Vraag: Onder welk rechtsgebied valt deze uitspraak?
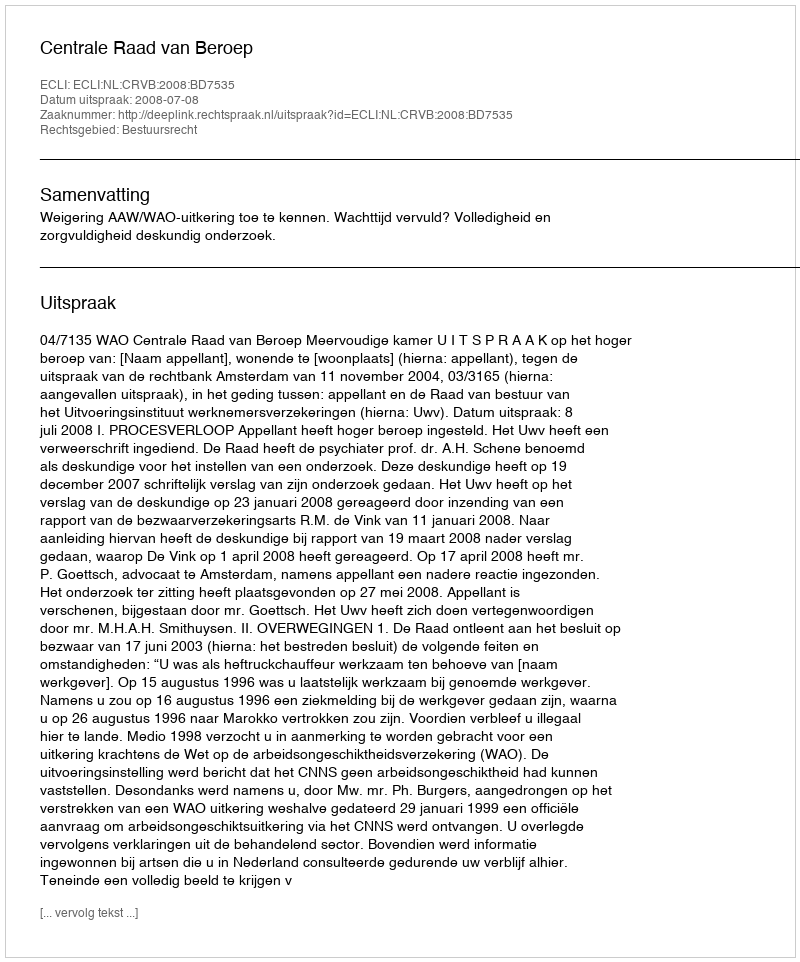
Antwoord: Bestuursrecht